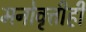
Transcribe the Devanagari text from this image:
मनोवृत्तीही